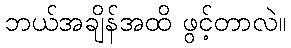
ဘယ်အချိန်အထိ ဖွင့်တာလဲ။